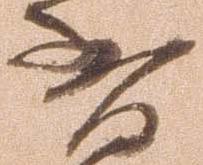
省